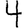
Digit: 4